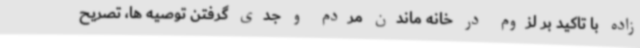
زاده با تاکید بر لزوم در خانه ماندن مردم و جدی گرفتن توصیه ها، تصریح